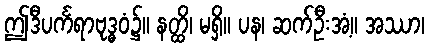
ဤဒီပင်္ကရာဗုဒ္ဓဝံ၌။ နတ္ထိ၊ မရှိ။ ပန၊ ဆက်ဦးအံ့။ အဿာ၊